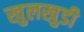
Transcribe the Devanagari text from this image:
खुलखुडी